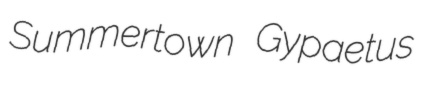
Summertown Gypaetus